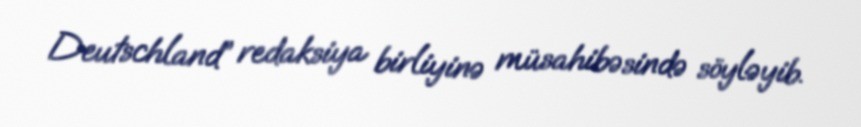
Deutschland” redaksiya birliyinə müsahibəsində söyləyib.